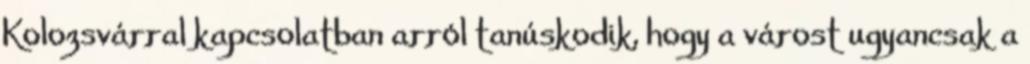
Kolozsvárral kapcsolatban arról tanúskodik, hogy a várost ugyancsak a